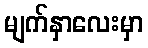
မျက်နှာလေးမှာ